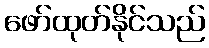
ဖော်ထုတ်နိုင်သည်